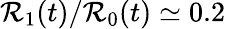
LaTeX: \mathcal{R}_{1}(t)/\mathcal{R}_{0}(t)\simeq0.2